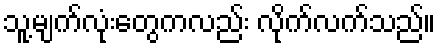
သူ့မျက်လုံးတွေကလည်း လိုက်လက်သည်။